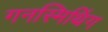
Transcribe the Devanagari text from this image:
गनस्मिथिंग